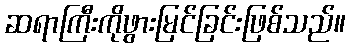
ဆရာကြီးကိုဖွားမြင်ခြင်းဖြစ်သည်။